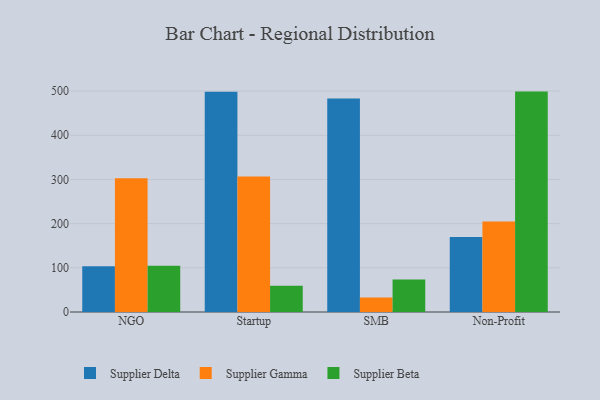
{"axis": {"x": "Segment", "y": "Latency (ms)"}, "legend": ["Supplier Beta", "Supplier Delta", "Supplier Gamma"], "data": [{"x": "NGO", "y": 103.7, "type": "Supplier Delta"}, {"x": "NGO", "y": 302.5, "type": "Supplier Gamma"}, {"x": "NGO", "y": 104.5, "type": "Supplier Beta"}, {"x": "Startup", "y": 498.6, "type": "Supplier Delta"}, {"x": "Startup", "y": 306.7, "type": "Supplier Gamma"}, {"x": "Startup", "y": 59.7, "type": "Supplier Beta"}, {"x": "SMB", "y": 483.3, "type": "Supplier Delta"}, {"x": "SMB", "y": 33.0, "type": "Supplier Gamma"}, {"x": "SMB", "y": 73.6, "type": "Supplier Beta"}, {"x": "Non-Profit", "y": 169.6, "type": "Supplier Delta"}, {"x": "Non-Profit", "y": 205.1, "type": "Supplier Gamma"}, {"x": "Non-Profit", "y": 498.9, "type": "Supplier Beta"}]}